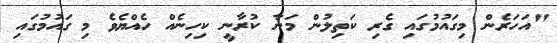
"އަހަރެން މިގައުމުގައި ގެރި ކަތިލުން މަނާ ކުރާނީ ކިހިނެއް ހެއްޔެވެ މި ގައުމުގައި